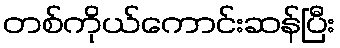
တစ်ကိုယ်ကောင်းဆန်ပြီး